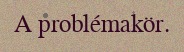
A problémakör.